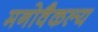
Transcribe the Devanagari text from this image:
मनोवैकल्य